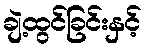
ချဲ့ထွင်ခြင်းနှင့်